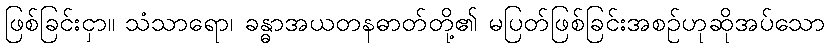
ဖြစ်ခြင်းငှာ။ သံသာရော၊ ခန္ဓာအယတနဓာတ်တို့၏ မပြတ်ဖြစ်ခြင်းအစဉ်ဟုဆိုအပ်သော